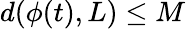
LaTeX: d(\phi(t),L)\leq M